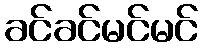
ခင်ခင်မင်မင်